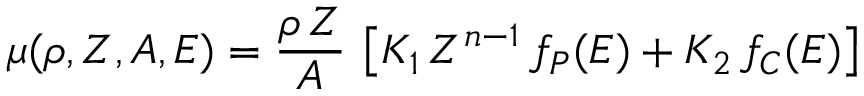
\mu ( \rho , Z , A , E ) = \frac { \rho \, Z } { A } \, \left[ K _ { 1 } \, Z ^ { n - 1 } \, f _ { P } ( E ) + K _ { 2 } \, f _ { C } ( E ) \right]